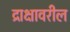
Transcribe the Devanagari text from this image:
द्राक्षावरील